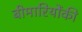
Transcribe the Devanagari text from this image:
बीमारियोंकी